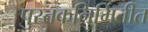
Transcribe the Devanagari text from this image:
पुस्तकनिर्मितीत